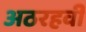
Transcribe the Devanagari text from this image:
अठरहवीं